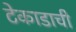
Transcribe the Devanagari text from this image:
टेकाडाची